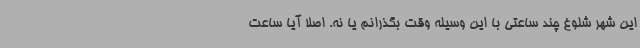
این شهر شلوغ چند ساعتی با این وسیله وقت بگذرانم یا نه. اصلاً آیا ساعت